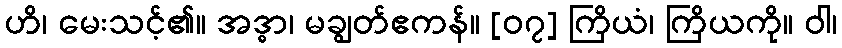
ဟိ၊ မေးသင့်၏။ အဒ္ဓာ၊ မချွတ်ဧကန်။ [၀၇] ကြိယံ၊ ကြိယကို။ ဝါ၊